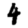
Digit: 4